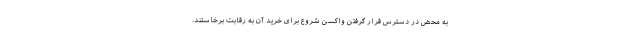
به محض در دسترس قرار گرفتن واکسن شروع برای خرید آن به رقابت برخاستند.